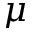
\mu